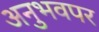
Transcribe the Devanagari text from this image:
अनुभवपर